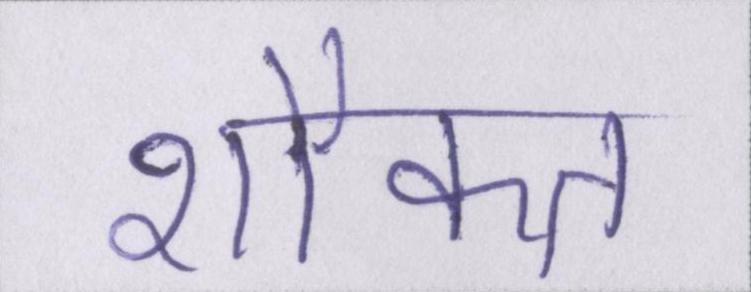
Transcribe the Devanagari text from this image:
शौकत